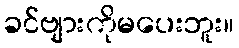
ခင်ဗျားကိုမပေးဘူး။